Education (Scotland) Act, 1936, 1936
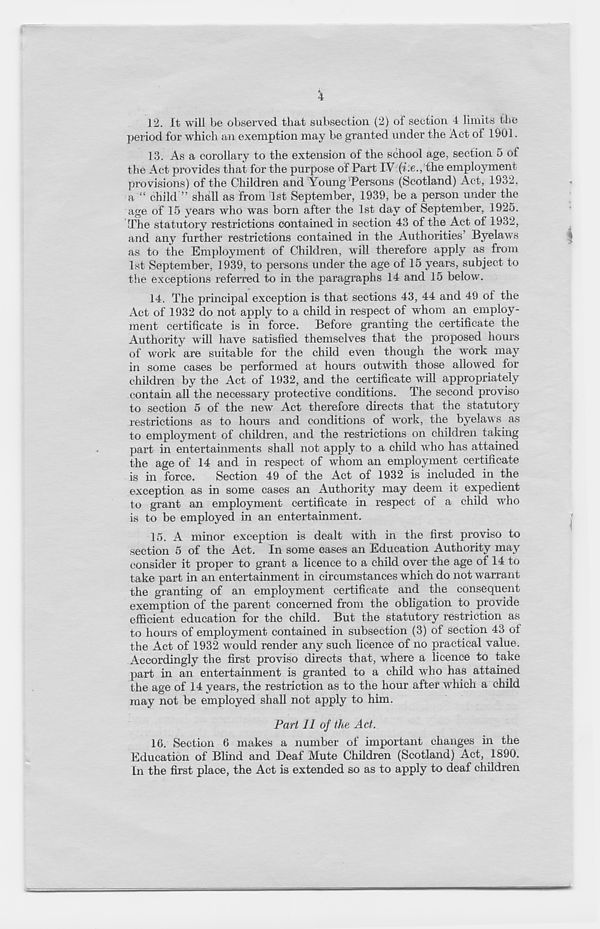
12. It will be observed that subsection (2) of section 4 limits the
period for which an exemption may be granted under the Act of 1901.
13. As a corollary to the extension of the school age, section 5 of
the Act provides that for the purpose of Part IV (? .e., the employment
provisions) of the Children and Young‘Persons (Scotland) Act, 1932,
a “ child ” shall as from 1st September, 1939, be a person under the
age of 15 years who was born after the 1st day of September, 1925.
The statutory restrictions contained in section 43 of the Act of 1932,
and any further restrictions contained in the Authorities’ Byelaws
as to the Employment of Children, will therefore apply as from
1st September, 1939, to persons under the age of 15 years, subject to
the exceptions referred to in the paragraphs 14 and 15 below.
14. The principal exception is that sections 43, 44 and 49 of the
Act of 1932 do not apply to a child in respect of whom an employ-
ment certificate is in force. Before granting the certificate the
Authority will have satisfied themselves that the proposed hours
of work are suitable for the child even though the work may
in some cases be performed at hours outwith those allowed for
children by the Act of 1932, and the certificate will appropriately
contam all the necessary protective conditions. The second proviso
to section 5 of the new Act therefore directs that the statutory
restrictions as to hours and conditions of work, the byelaws as
to employment of children, and the restrictions on children taking
part in entertainments shall not apply to a child who has attained
the age of 14 and in respect of whom an employment certificate
is in force.
Section 49 of the Act of 1932 is included in the
exception as in some cases an Authority' may deem it expedient
to grant an employment certificate in respect of a child who
is to be employed in an entertainment.
15. A minor exception is dealt with in the first proviso to
section 5 of the Act. In some cases an Education Authority may
consider it proper to grant a licence to a child over the age of 14 to
take part in an entertainment in circumstances which do not warrant
the granting of an employment certificate and the consequent
exemption of the parent concerned from the obligation to provide
efficient education for the child. But the statutory restriction as
to hours of employment contained in subsection (3) of section 43 of
the Act of 1932 would render any such licence of no practical value.
Accordingly the first proviso directs that, where a licence to take
part in an entertainment is granted to a child who has attained
the age of 14 years, the restriction as to the hour after which a child
may not be employed shall not apply to him.
Part II of the Act.
16. Section 6 makes a number of important changes in the
Education of Blind and Deaf Mute Children (Scotland) Act, 1890.
In the first place, the Act is extended so as to apply to deaf children